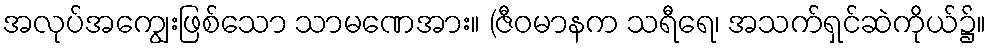
အလုပ်အကျွေးဖြစ်သော သာမဏေအား။ (ဇီဝမာနက သရီရေ၊ အသက်ရှင်ဆဲကိုယ်၌။